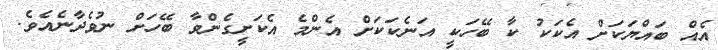
އެއް ބައްޔަކަށް އެކަކު ކާ ބޭހަކީ އަނެކަކަށް އެންމެ އެކަށީގެންވާ ބޭހަށް ނުވެދާނެއެވެ.